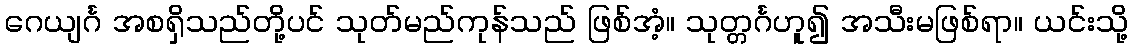
ဂေယျင်္ဂ အစရှိသည်တို့ပင် သုတ်မည်ကုန်သည် ဖြစ်အံ့။ သုတ္တင်္ဂဟူ၍ အသီးမဖြစ်ရာ။ ယင်းသို့